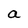
Character: a